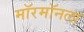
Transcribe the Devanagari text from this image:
मॉरमॉनला